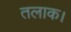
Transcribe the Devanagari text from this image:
तलाक।